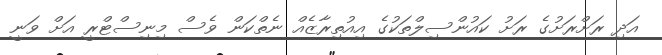
އަދި ރަށްރަށުގެ ރަށު ކައުންސިލްތަކުގެ އިއުތިރާޒެއް ނެތްކަން ވެސް މިނިސްޓްރީ އަށް ވަނީ